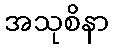
အသုစိနာ